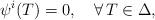
LaTeX: \begin{align*}\psi^i(T)=0,\ \ \ \forall\, T\in\Delta,\end{align*}